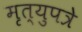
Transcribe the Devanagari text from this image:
मृत्युपत्रे